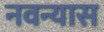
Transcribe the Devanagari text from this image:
नवन्यास